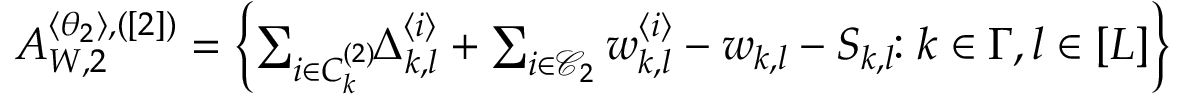
\begin{array} { r } { A _ { W , 2 } ^ { \langle \theta _ { 2 } \rangle , ( [ 2 ] ) } = \biggl \{ \sum _ { i \in C _ { k } ^ { ( 2 ) } } \! \! \Delta _ { k , l } ^ { \langle i \rangle } + \sum _ { i \in \mathcal { C } _ { 2 } } w _ { k , l } ^ { \langle i \rangle } - w _ { k , l } - S _ { k , l } \! \! : k \in \Gamma , l \in [ L ] \biggr \} } \end{array}